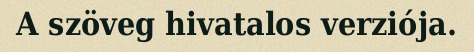
A szöveg hivatalos verziója.